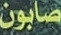
صابون